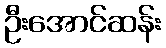
ဦးအောင်ဆန်း